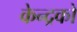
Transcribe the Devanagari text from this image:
केन्द्रको